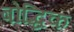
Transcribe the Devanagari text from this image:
बोद्धिक